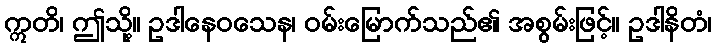
ဣတိ၊ ဤသို့။ ဥဒါနေဝသေန၊ ဝမ်းမြောက်သည်၏ အစွမ်းဖြင့်။ ဥဒါနိတံ၊